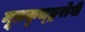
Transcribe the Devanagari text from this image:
मूत्रकृच्छ्ररोगी